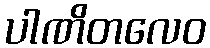
ပါဏိတလေဝ